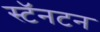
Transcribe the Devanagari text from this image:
स्टॅनटन